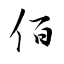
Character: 佰